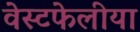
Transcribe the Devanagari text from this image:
वेस्टफेलीया